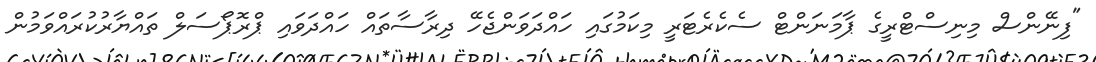
"ފިނޭންސް މިނިސްޓްރީގެ ޕާމަނަންޓް ސެކެރެޓަރީ މިކަމުގައި ހައްދަވަންޖެހޭ ދިރާސާތައް ހައްދަވައި ޕްރޮޕޯސަލް ތައްޔާރުކުރައްވަމުން